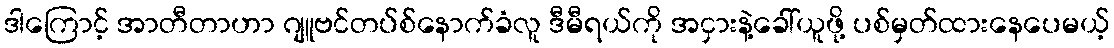
ဒါကြောင့် အာတီတာဟာ ဂျူဗင်တပ်စ်နောက်ခံလူ ဒီမီရယ်ကို အငှားနဲ့ခေါ်ယူဖို့ ပစ်မှတ်ထားနေပေမယ့်